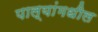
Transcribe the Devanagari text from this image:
पाल्यांमधील